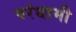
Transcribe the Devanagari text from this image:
परंधामी